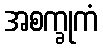
အစက္ခုကံ